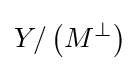
Y/\left(M^{\perp }\right)